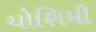
યોશિમી